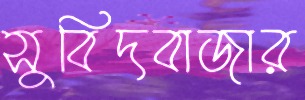
সুবিদবাজার